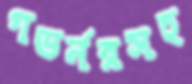
গভর্নরসহ